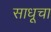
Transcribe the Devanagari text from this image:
साधूचा